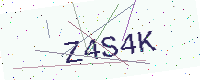
Text: Z4S4K